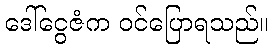
ဒေါ်ငွေဇံက ဝင်ပြောရသည်။